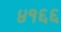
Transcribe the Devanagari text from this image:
४१६६